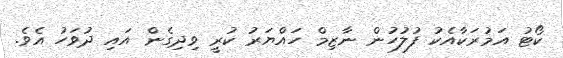
ކޯޓު އަމުރަކާއެކު ފުލުހުން ނާޒިމް ހައްޔަރު ކުރީ ވިދިގެން އައި ދުވަހު އެވެ.